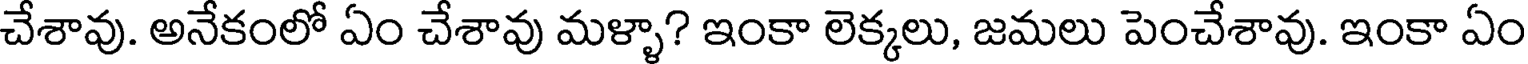
చేశావు. అనేకంలో ఏం చేశావు మళ్ళా? ఇంకా లెక్కలు, జమలు పెంచేశావు. ఇంకా ఏం